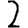
Digit: 2